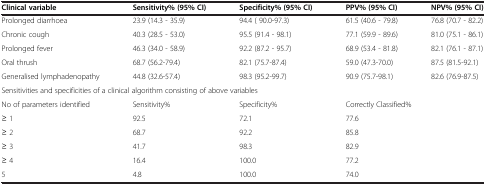
| Clinical variable | Sensitivity% (95% CI) | Specificity% (95% CI) | PPV% (95% CI) | NPV% (95% CI) |
 | --- | --- | --- | --- | --- |
 | Prolonged diarrhoea | 23.9 (14.3 - 35.9) | 94.4 ( 90.0-97.3) | 61.5 (40.6 - 79.8) | 76.8 (70.7 - 82.2) |
 | Chronic cough | 40.3 (28.5 - 53.0) | 95.5 (91.4 - 98.1) | 77.1 (59.9 - 89.6) | 81.0 (75.1 - 86.1) |
 | Prolonged fever | 46.3 (34.0 - 58.9) | 92.2 (87.2 - 95.7) | 68.9 (53.4 - 81.8) | 82.1 (76.1 - 87.1) |
 | Oral thrush | 68.7 (56.2-79.4) | 82.1 (75.7-87.4) | 59.0 (47.3-70.0) | 87.5 (81.5-92.1) |
 | Generalised lymphadenopathy | 44.8 (32.6-57.4) | 98.3 (95.2-99.7) | 90.9 (75.7-98.1) | 82.6 (76.9-87.5) |
 | <COLSPAN=5> Sensitivities and specificities of a clinical algorithm consisting of above variables |
 | No of parameters identified | Sensitivity% | Specificity% | <COLSPAN=2> Correctly Classified% |
 | ≥ 1 | 92.5 | 72.1 | 77.6 |  |
 | ≥ 2 | 68.7 | 92.2 | 85.8 |  |
 | ≥ 3 | 41.7 | 98.3 | 82.9 |  |
 | ≥ 4 | 16.4 | 100.0 | 77.2 |  |
 | 5 | 4.8 | 100.0 | 74.0 |  |